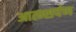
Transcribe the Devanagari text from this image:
आत्म्सर्पण